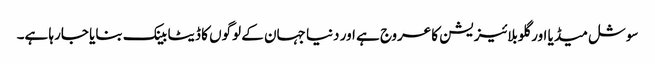
سوشل میڈیا اور گلوبلائیزیشن کا عروج ہے اور دنیا جہان کے لوگوں کا ڈیٹا بینک بنایا جارہا ہے۔